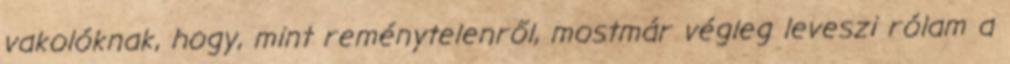
vakolóknak, hogy, mint reménytelenről, mostmár végleg leveszi rólam a